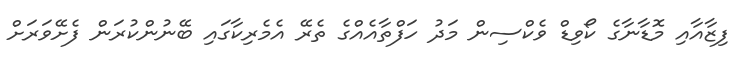
ފިޒާއާއި މޮޑާނާގެ ކޯވިޑް ވެކްސިން މަދު ހަފްތާއެއްގެ ތެރޭ އެމެރިކާގައި ބޭނުންކުރަން ފެށޭވަރަށް